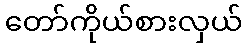
တော်ကိုယ်စားလှယ်